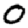
Digit: 0